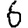
Digit: 6